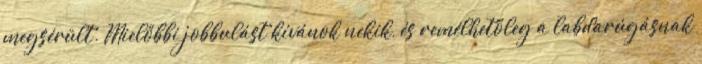
megsérült. Mielőbbi jobbulást kívánok nekik, és remélhetőleg a labdarúgásnak